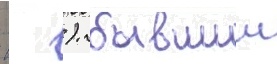
  ). бывшии